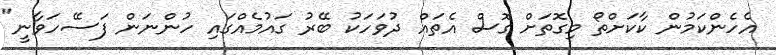
އެހެންކަމުން ކާކަށްތޯ މިގޮތަށް ގޮސް އެތައް ދުވަހަކު ބޭރު ގައުމެއްގައި ހުންނަން ފަސޭހަވާނީ"